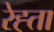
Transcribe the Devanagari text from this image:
रेह्ता